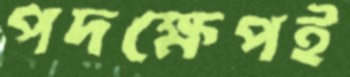
পদক্ষেপই